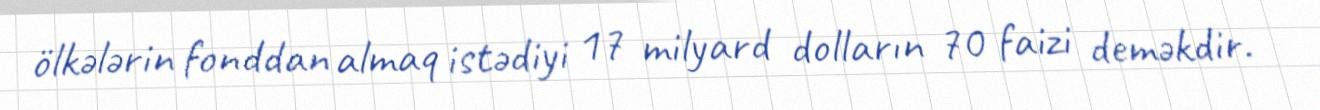
ölkələrin fonddan almaq istədiyi 17 milyard dolların 70 faizi deməkdir.